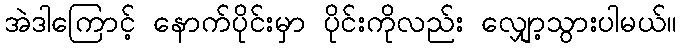
အဲဒါကြောင့် နောက်ပိုင်းမှာ ပိုင်းကိုလည်း လျှော့သွားပါမယ်။